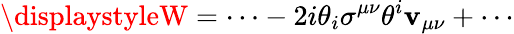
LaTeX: {\displaystyleW=\cdots-2i\theta_{i}\sigma^{\mu\nu}\theta^{i}\mathbf{v}_{\mu\nu}+\cdots}